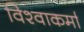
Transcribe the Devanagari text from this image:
विश्वाकर्मा